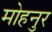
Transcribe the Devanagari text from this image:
मोहनुर